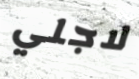
لاجلي